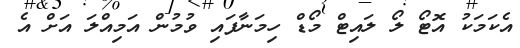
އެކަމަކު އޮޓޯ ލޯ ލައިޓް މޯޑް ހިމަނާފައި ވުމުން އަމިއްލަ އަށް އެ